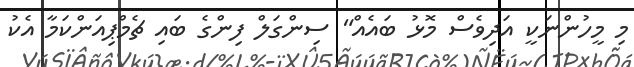
މި މީހުންނަކީ އަދިވެސް މޮޅު ބައެއް" ސިންގަލް ފިންގެ ބައި ޗެމްޕިއަންކަމާ އެކު